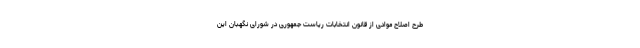
طرح اصلاح موادی از قانون انتخابات ریاست جمهوری در شورای نگهبان این